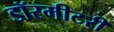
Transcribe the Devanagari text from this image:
डॉरमीटरी